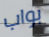
بواب